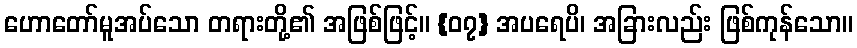
ဟောတော်မူအပ်သော တရားတို့၏ အဖြစ်ဖြင့်။ {၀၇} အပရေပိ၊ အခြားလည်း ဖြစ်ကုန်သော။